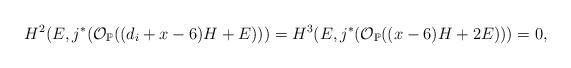
LaTeX: \begin{align*}H^2(E, j^*(\mathcal O_{\mathbb P}((d_i+x-6)H+E)))= H^3(E,j^*(\mathcal O_{\mathbb P}((x-6)H+2E)))=0,\end{align*}